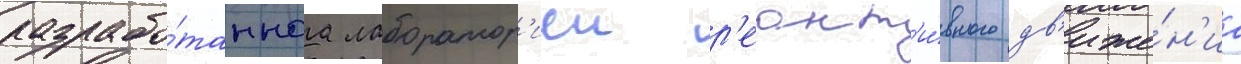
разрабо́таннаа лаборатор'иеи р'еакт'и́вного дв'иже́н'иа